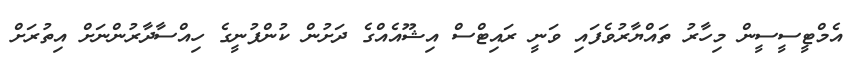
އެމްޓީސީސީން މިހާރު ތައްޔާރުވެފައި ވަނީ ރައިޓްސް އިޝޫއެއްގެ ދަށުން ކުންފުނީގެ ހިއްސާދާރުންނަށް އިތުރަށް